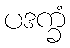
ပဒက္ခံ